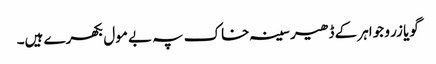
گویا زر و جواہر کے ڈھیر سینہ خاک پہ بے مول بکھرے ہیں۔